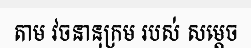
តាម វចនានុក្រម របស់ សម្តេច